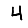
Digit: 4